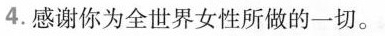
4.感谢你为全世界女性所做的一切。